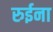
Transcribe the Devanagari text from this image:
रुईना